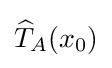
{\widehat {T}}_{A}(x_{0})